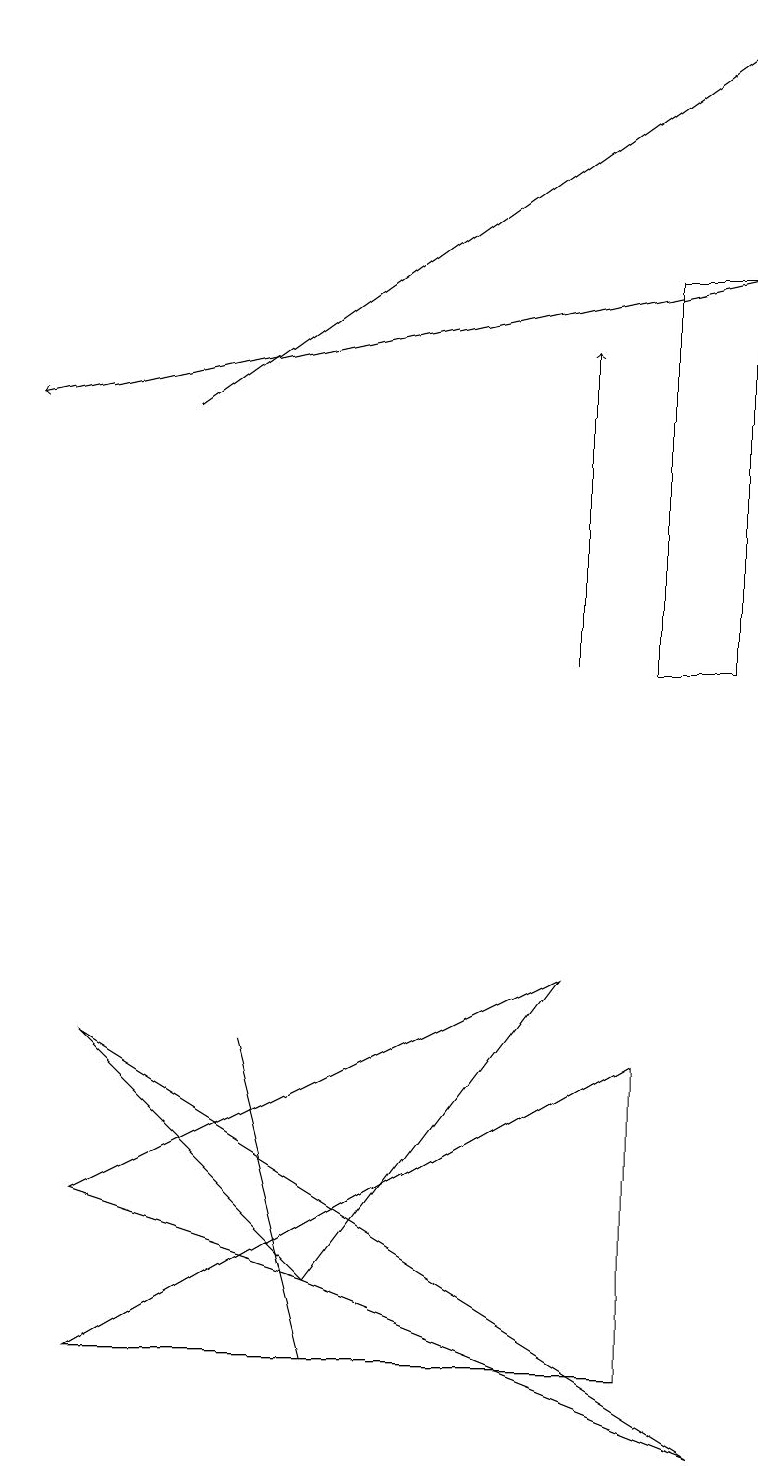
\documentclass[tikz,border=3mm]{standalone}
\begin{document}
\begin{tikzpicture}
\draw (4,3) -- (7,7) -- (1,4) -- cycle;
\draw[->] (7,11) -- (7,15);
\draw (4,2) -- (4,2) -- (3,6) -- cycle;
\draw (9,1) -- (1,6) -- (4,3) -- cycle;
\draw[->] (2,14) -- (9,19);
\draw (9,16) rectangle (8,11);
\draw[->] (9,16) -- (0,14);
\draw (1,2) -- (8,6) -- (8,2) -- cycle;
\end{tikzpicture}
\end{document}